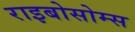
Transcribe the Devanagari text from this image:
राइबोसोम्स